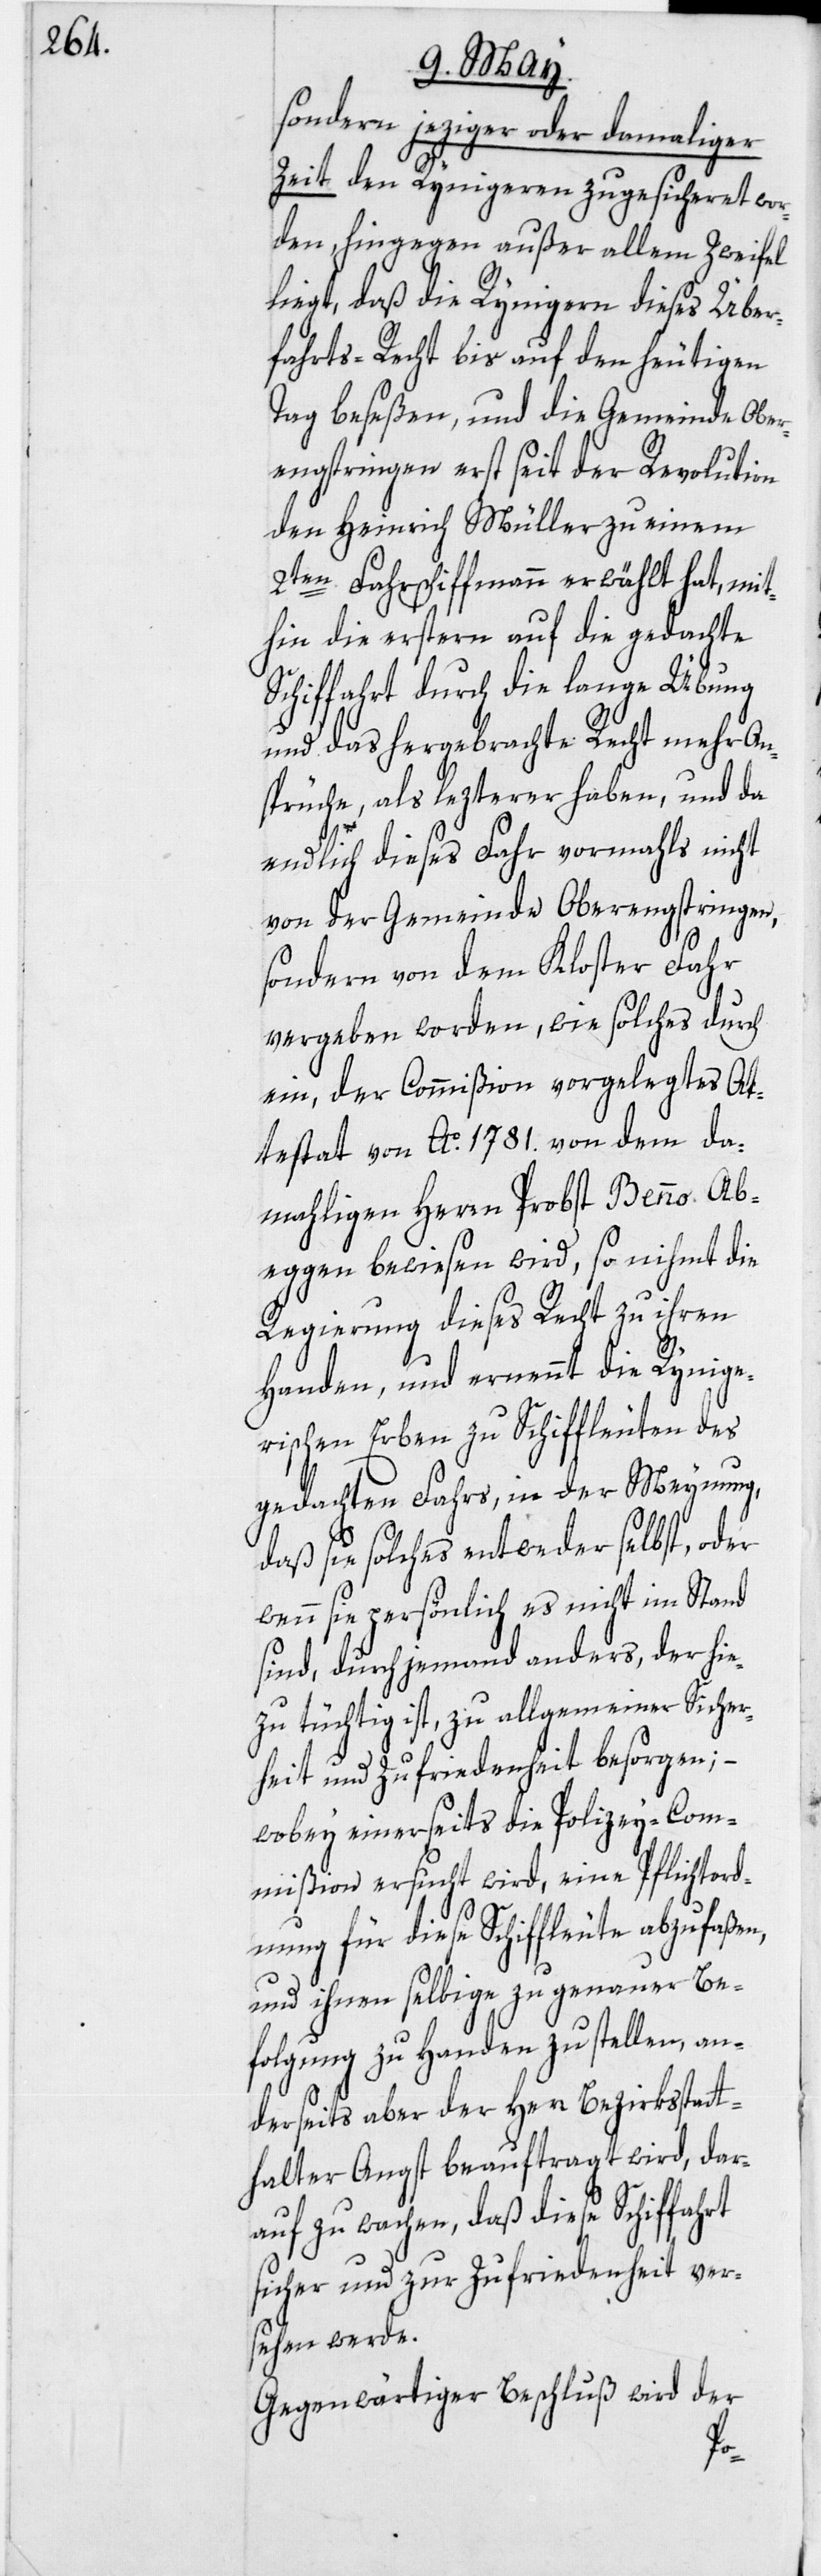
sondern jeziger oder damaliger
Zeit den Rynigeren zugesicheret wor¬
den, hingegen außer allem Zweifel
liegt, daß die Rynigern dieses Über¬
fahrts-Recht bis auf den heutigen
Tag beseßen, und die Gemeinde Ober¬
engstringen erst seit der Revolution
den Heinrich Müller zu einem
2ten Fahrschiffmann erwählt hat, mit¬
hin die erstern auf die gedachte
Schiffahrt durch die lange Übung
und das hergebrachte Recht mehr An¬
sprüche, als lezterer haben, und da
endlich dieses Fahr vormahls nicht
von der Gemeinde Oberengstringen,
sondern von dem Kloster Fahr
vergeben worden, wie solches durch
ein, der Commißion vorgelegtes At¬
testat von Ao. 1781. von dem da¬
mahligen Herrn Probst Benno Ab¬
eggen bewiesen wird, so nihmt die
Regierung dieses Recht zu ihren
Handen, und ernennt die Rynige¬
rischen Erben zu Schiffleuten des
gedachten Fahrs, in der Meynung,
daß sie solches entweder selbst, oder
wenn sie persönlich es nicht im Stand
sind, durch jemand anders, der hie¬
zu tüchtig ist, zu allgemeiner Sicher¬
heit und Zufriedenheit besorgen; –
wobey einerseits die Polizey-Com¬
mißion ersucht wird, eine Pflichtord¬
nung für diese Schiffleute abzufaßen,
und ihnen selbige zu genauer Be¬
folgung zu Handen zu stellen, an¬
derseits aber der Herr Bezirksstatt¬
halter Angst beauftragt wird, dar¬
auf zu wachen, daß diese Schiffahrt
sicher und zur Zufriedenheit ver¬
sehen werde.
Gegenwärtiger Beschluß wird der